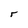
Character: r